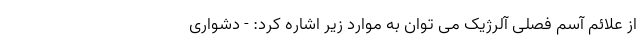
از علائم آسم فصلی آلرژیک می توان به موارد زیر اشاره کرد: - دشواری